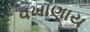
વખાણાય